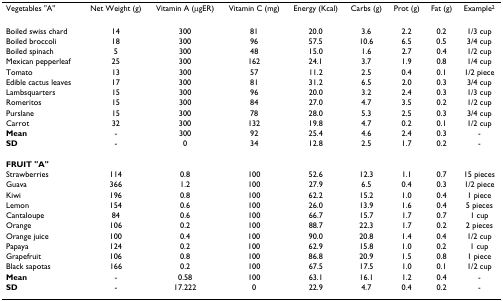
<table><thead><tr><td><b>Vegetables &quot;A&quot;</b></td><td><b>Net Weight (g)</b></td><td><b>Vitamin A (μgER)</b></td><td><b>Vitamin C (mg)</b></td><td><b>Energy (Kcal)</b></td><td><b>Carbs (g)</b></td><td><b>Prot (g)</b></td><td><b>Fat (g)</b></td><td><b>Example<sup>2</sup></b></td></tr></thead><tbody><tr><td>Boiled swiss chard</td><td>14</td><td>300</td><td>81</td><td>20.0</td><td>3.6</td><td>2.2</td><td>0.2</td><td>1/3 cup</td></tr><tr><td>Boiled broccoli</td><td>18</td><td>300</td><td>96</td><td>57.5</td><td>10.6</td><td>6.5</td><td>0.5</td><td>3/4 cup</td></tr><tr><td>Boiled spinach</td><td>5</td><td>300</td><td>48</td><td>15.0</td><td>1.6</td><td>2.7</td><td>0.4</td><td>1/2 cup</td></tr><tr><td>Mexican pepperleaf</td><td>25</td><td>300</td><td>162</td><td>24.1</td><td>3.7</td><td>1.9</td><td>0.8</td><td>1/4 cup</td></tr><tr><td>Tomato</td><td>13</td><td>300</td><td>57</td><td>11.2</td><td>2.5</td><td>0.4</td><td>0.1</td><td>1/2 piece</td></tr><tr><td>Edible cactus leaves</td><td>17</td><td>300</td><td>81</td><td>31.2</td><td>6.5</td><td>2.0</td><td>0.3</td><td>3/4 cup</td></tr><tr><td>Lambsquarters</td><td>15</td><td>300</td><td>96</td><td>20.0</td><td>3.2</td><td>2.4</td><td>0.3</td><td>1/3 cup</td></tr><tr><td>Romeritos</td><td>15</td><td>300</td><td>84</td><td>27.0</td><td>4.7</td><td>3.5</td><td>0.2</td><td>1/2 cup</td></tr><tr><td>Purslane</td><td>15</td><td>300</td><td>78</td><td>28.0</td><td>5.3</td><td>2.5</td><td>0.3</td><td>3/4 cup</td></tr><tr><td>Carrot</td><td>32</td><td>300</td><td>132</td><td>19.8</td><td>4.7</td><td>0.2</td><td>0.1</td><td>1/2 cup</td></tr><tr><td><b>Mean</b></td><td>-</td><td>300</td><td>92</td><td>25.4</td><td>4.6</td><td>2.4</td><td>0.3</td><td>-</td></tr><tr><td><b>SD</b></td><td>-</td><td>0</td><td>34</td><td>12.8</td><td>2.5</td><td>1.7</td><td>0.2</td><td>-</td></tr><tr><td><b>FRUIT &quot;A&quot;</b></td><td></td><td></td><td></td><td></td><td></td><td></td><td></td><td></td></tr><tr><td>Strawberries</td><td>114</td><td>0.8</td><td>100</td><td>52.6</td><td>12.3</td><td>1.1</td><td>0.7</td><td>15 pieces</td></tr><tr><td>Guava</td><td>366</td><td>1.2</td><td>100</td><td>27.9</td><td>6.5</td><td>0.4</td><td>0.3</td><td>1/2 piece</td></tr><tr><td>Kiwi</td><td>196</td><td>0.8</td><td>100</td><td>62.2</td><td>15.2</td><td>1.0</td><td>0.4</td><td>1 piece</td></tr><tr><td>Lemon</td><td>154</td><td>0.6</td><td>100</td><td>26.0</td><td>13.9</td><td>1.6</td><td>0.4</td><td>5 pieces</td></tr><tr><td>Cantaloupe</td><td>84</td><td>0.6</td><td>100</td><td>66.7</td><td>15.7</td><td>1.7</td><td>0.7</td><td>1 cup</td></tr><tr><td>Orange</td><td>106</td><td>0.2</td><td>100</td><td>88.7</td><td>22.3</td><td>1.7</td><td>0.2</td><td>2 pieces</td></tr><tr><td>Orange juice</td><td>100</td><td>0.4</td><td>100</td><td>90.0</td><td>20.8</td><td>1.4</td><td>0.4</td><td>1/2 cup</td></tr><tr><td>Papaya</td><td>124</td><td>0.2</td><td>100</td><td>62.9</td><td>15.8</td><td>1.0</td><td>0.2</td><td>1 cup</td></tr><tr><td>Grapefruit</td><td>106</td><td>0.8</td><td>100</td><td>86.8</td><td>20.9</td><td>1.5</td><td>0.8</td><td>1 piece</td></tr><tr><td>Black sapotas</td><td>166</td><td>0.2</td><td>100</td><td>67.5</td><td>17.5</td><td>1.0</td><td>0.1</td><td>1/2 cup</td></tr><tr><td><b>Mean</b></td><td>-</td><td>0.58</td><td>100</td><td>63.1</td><td>16.1</td><td>1.2</td><td>0.4</td><td>-</td></tr><tr><td><b>SD</b></td><td>-</td><td>17.222</td><td>0</td><td>22.9</td><td>4.7</td><td>0.4</td><td>0.2</td><td>-</td></tr></tbody></table>